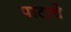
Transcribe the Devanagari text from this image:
पाटाचे